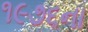
૧૯૭૬ના